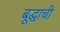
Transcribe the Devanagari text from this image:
बूद्धाची